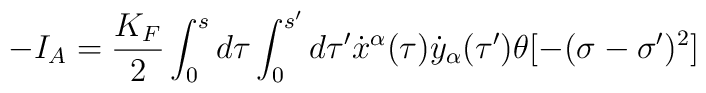
-I_A=\frac{K_F}{2}\int_0^sd\tau \int_0^{s'}d\tau' \dot{x}^{\alpha}(\tau )\dot{y}_{\alpha}(\tau')\theta [-(\sigma -\sigma')^2]